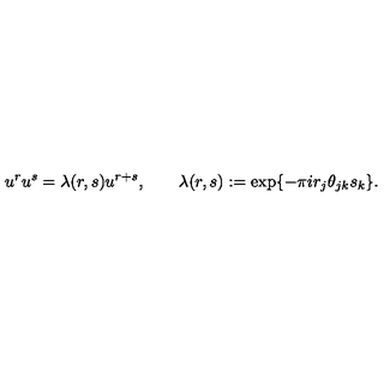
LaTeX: u ^ { r } u ^ { s } = \lambda ( r , s ) u ^ { r + s } , \qquad \lambda ( r , s ) : = \exp \{ - \pi i r _ { j } \theta _ { j k } s _ { k } \} .